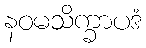
နဝမသိက္ခာပဒံ